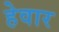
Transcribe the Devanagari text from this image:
हेवार